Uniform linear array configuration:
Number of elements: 4
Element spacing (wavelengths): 0.5
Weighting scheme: kaiser
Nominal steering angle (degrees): -60
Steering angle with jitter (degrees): -61.858
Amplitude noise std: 0.05
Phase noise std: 0.05

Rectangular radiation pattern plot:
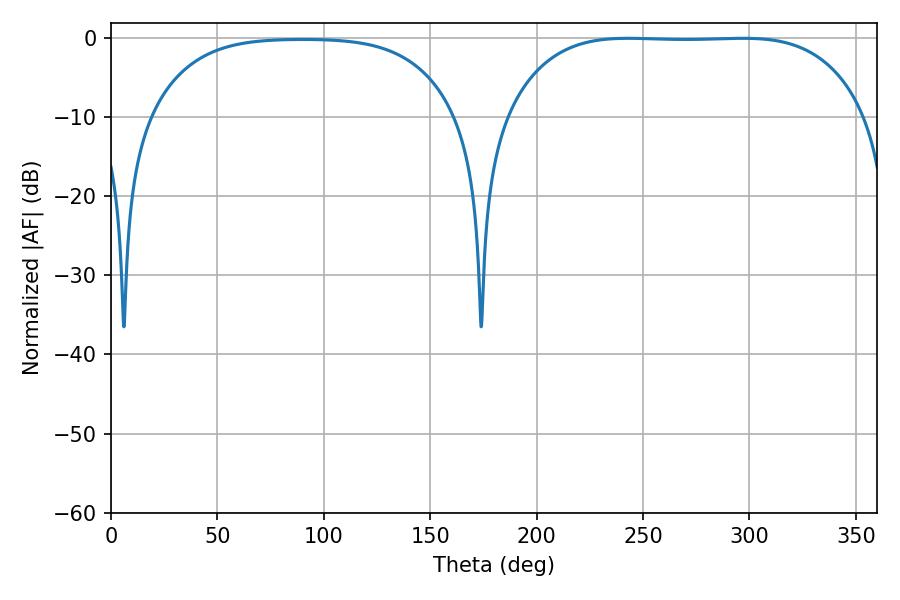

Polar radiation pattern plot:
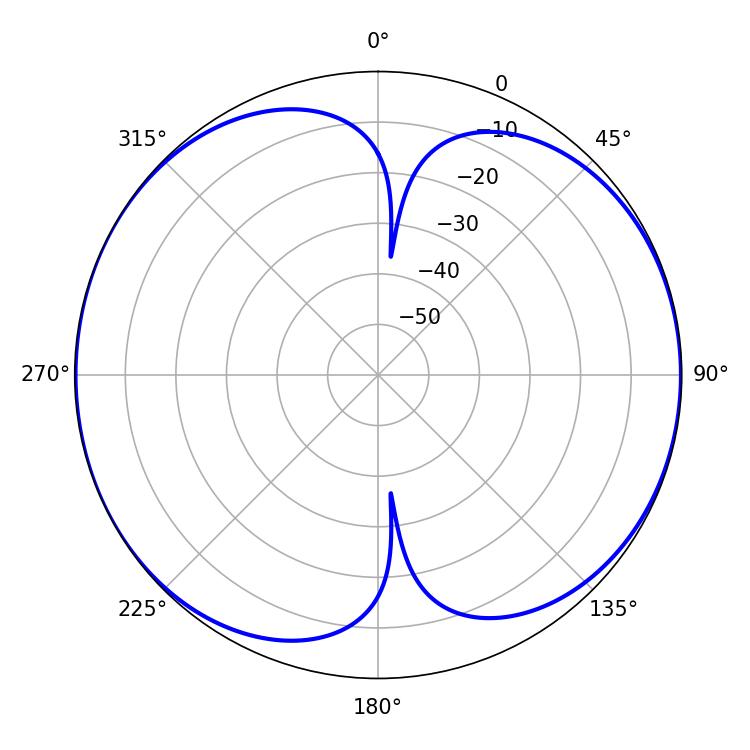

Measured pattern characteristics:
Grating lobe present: FALSE
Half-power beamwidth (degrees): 130.68
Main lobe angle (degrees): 243